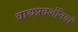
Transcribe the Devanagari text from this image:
वाद्यप्रदर्शनियाँ